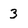
Character: 3